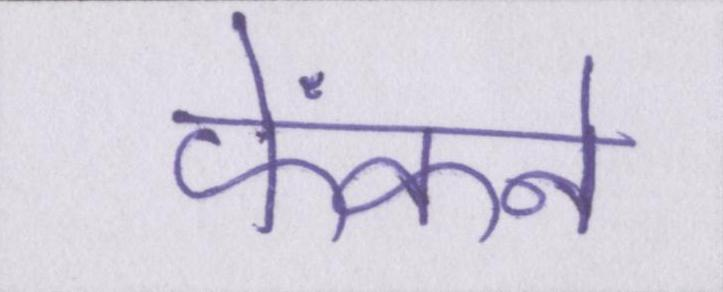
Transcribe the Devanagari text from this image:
फेंकने